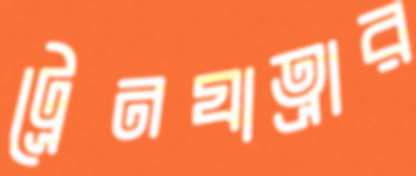
ট্রেনযাত্রার